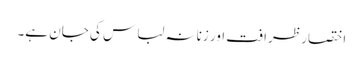
اختصار ظرافت اور زنانہ لباس کی جان ہے۔